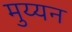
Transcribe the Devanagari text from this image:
मुय्यन